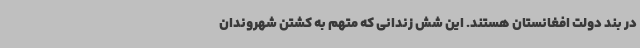
در بند دولت افغانستان هستند. این شش زندانی که متهم به کشتن شهروندان